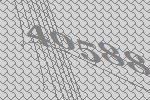
40588